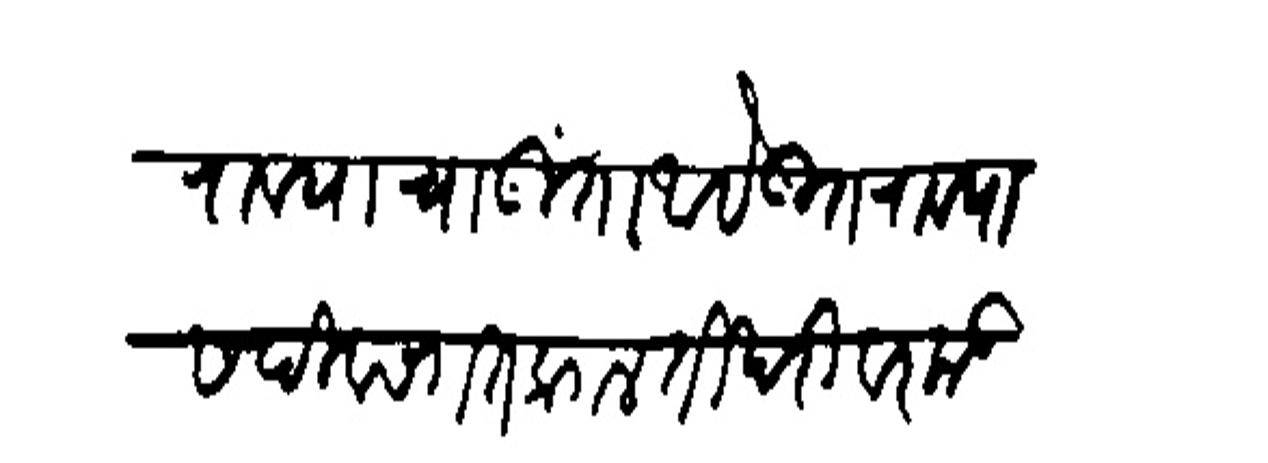
Transliteration (Devanagari): उतरावयाचा गुंता आहे उतरावयास दिवसगत लागल ती खरी वरकड